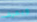
ويعرف